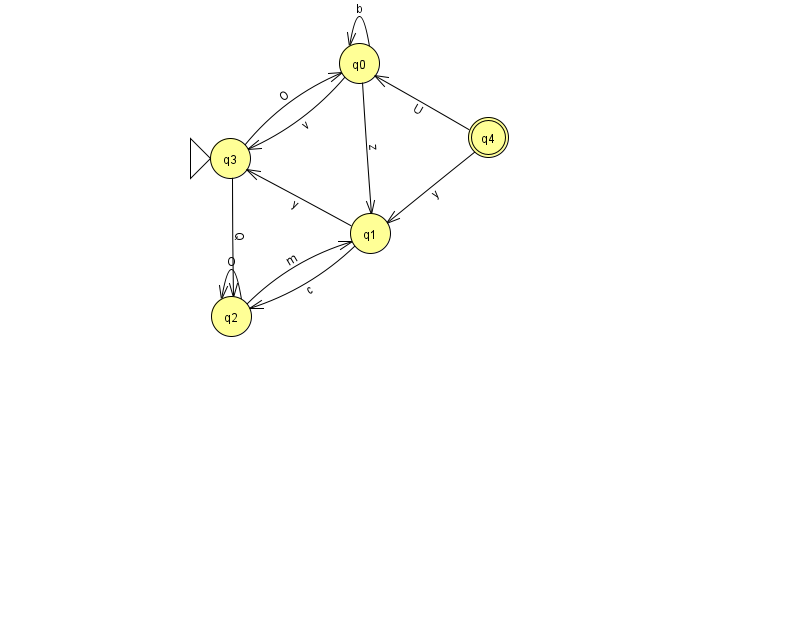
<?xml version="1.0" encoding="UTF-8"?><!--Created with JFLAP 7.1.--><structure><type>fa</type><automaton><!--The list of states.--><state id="0" name="q0"><x>359.0</x><y>50.0</y></state><state id="1" name="q1"><x>370.0</x><y>220.0</y></state><state id="2" name="q2"><x>231.0</x><y>303.0</y></state><state id="3" name="q3"><x>230.0</x><y>145.0</y><initial/></state><state id="4" name="q4"><x>488.0</x><y>124.0</y><final/></state><!--The list of transitions.--><transition><from>2</from><to>1</to><read>m</read></transition><transition><from>4</from><to>0</to><read>U</read></transition><transition><from>0</from><to>0</to><read>b</read></transition><transition><from>1</from><to>3</to><read>y</read></transition><transition><from>3</from><to>0</to><read>O</read></transition><transition><from>3</from><to>2</to><read>Q</read></transition><transition><from>0</from><to>1</to><read>z</read></transition><transition><from>0</from><to>3</to><read>v</read></transition><transition><from>4</from><to>1</to><read>y</read></transition><transition><from>1</from><to>2</to><read>c</read></transition><transition><from>2</from><to>2</to><read>O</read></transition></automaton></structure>